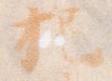
把